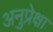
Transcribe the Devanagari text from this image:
अनुप्रेक्षा